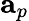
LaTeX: \mathbf{a}_{p}